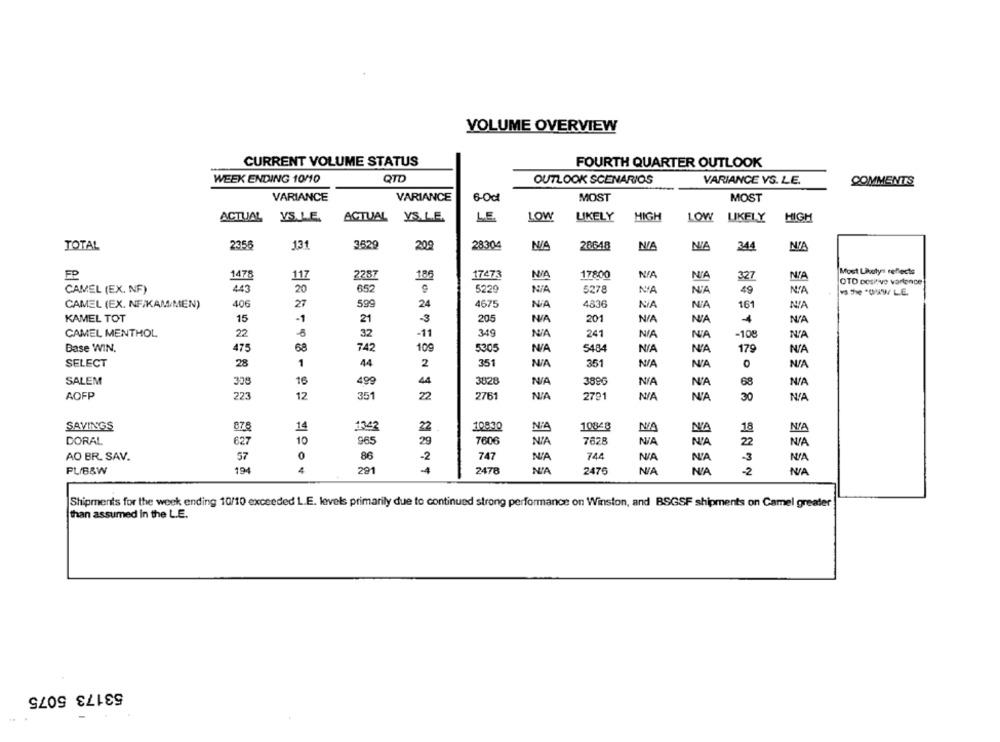
VOLUME OVERVIEW
CURRENT VOLUME STATUS
FOURTH QUARTER OUTLOOK
WEEK ENDING 10/10
QTD
OUTLOOK SCENARIOS
VARIANCE VS. LE.
COMMENTS
VARIANCE
VARIANCE
6-0cl
MOST
MOST
LIKELY
ACTUAL YS.LE.
ACTUAL
VS.LE.
ACTUAL YS.L.E.
YS.L.E.
LE.
LOW
HIGH
LOW LIKELY
HIGH
2356
131
3829
28304
TOTAL
209
20648
NIA
344
FP
17473
17800
Most Likutya reflects
1478
117
2287
186
327
OTO positive vartence
CAMEL (EX. NF)
43
20
652
5229
5278
NA
49
The WWW LE
CAMEL (EX. NF/KAM/MEN)
406
27
599
24
4675
4836
161
KAMEL TOT
15
-1
21
-3
205
201
CAMEL MENTHOL
349
241
N'A
-108
22
32
-11
N'A
Base WIN.
475
68
742
109
5305
5484
N'A
179
SELECT
28
1
44
351
351
0
2
SALEM
308
16
499
44
3828
3896
N'A
68
AOFP
223
12
351
22
2761
2791
30
SAVINGS
14
1343
22.
10830
10848
NA
18
NA
DORAL
627
TO
965
29
7606
NA
7628
N'A
22
AO BR. SAV.
57
86
-2
747
NA
744
N'A
PL/B&W
194
291
4
2478
NIA
2476
N'A
-2
Shipments for the week ending 10/10 exceeded L.E. levels primarily due to continued strong performance on Winston, and BSGSF shipments on Camel greater
than assumed in the L.E.
53173 5075